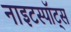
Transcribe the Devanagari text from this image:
नाइटस्पॉट्स